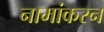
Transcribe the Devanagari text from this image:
नामांकरन